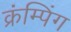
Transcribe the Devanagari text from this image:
क्रंम्पिंग